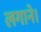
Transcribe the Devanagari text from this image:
लगाने।